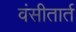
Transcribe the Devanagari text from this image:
वंसीतार्त